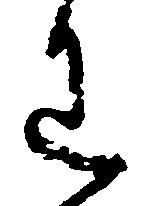
わ